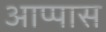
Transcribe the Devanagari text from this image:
आप्पास